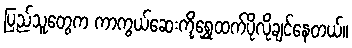
ပြည်သူတွေက ကာကွယ်ဆေးကိုရွှေထက်ပိုလိုချင်နေတယ်။